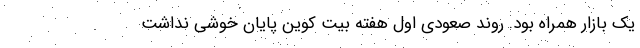
یک بازار همراه بود. روند صعودی اول هفته بیت کوین پایان خوشی نداشت